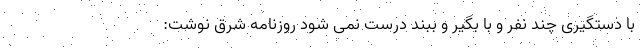
با دستگیری چند نفر و با بگیر و ببند درست نمی شود روزنامه شرق نوشت: